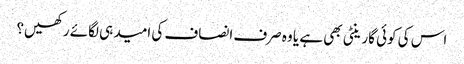
اس کی کوئی گارینٹی بھی ہے یا وہ صرف انصاف کی امید ہی لگائے رکھیں؟